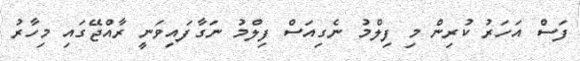
ފަސް އަހަރު ކުރިން މި ފިލްމު ނެގިއަސް ފިލްމު ނަގާފައިވަނީ ރާއްޖޭގައި މިހާރު